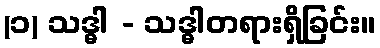
(၁) သဒ္ဓါ - သဒ္ဓါတရားရှိခြင်း။